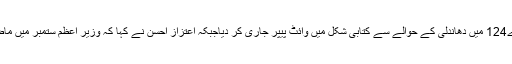
2015ء)پیپلز پارٹی کے رہنما اعتزاز احسن نے این اے124 میں دھاندلی کے حوالے سے کتابی شکل میں وائٹ پیپر جاری کر دیاجبکہ اعتزاز احسن نے کہا کہ وزیر اعظم ستمبر میں ماضی کا حصہ بن چکے ہوتے اگر اپوزیشن ساتھ نہ دیتی۔